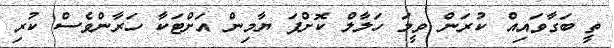
ތީ ބަގާވައިއް ކުރަން ވީމަ ހަލާލް ކޮށްފަ ޔާމިން އަށްޓަކާ ހަރާންވެސް ކުރި